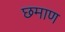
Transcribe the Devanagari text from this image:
छमाण